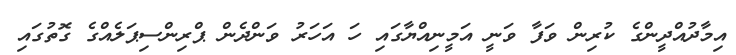
އިމާދުއްދީންގެ ކުރިން ވަފާ ވަނީ އަމީނިއްޔާގައި ހަ އަހަރު ވަންދެން ޕްރިންސިޕަލެއްގެ ގޮތުގައި